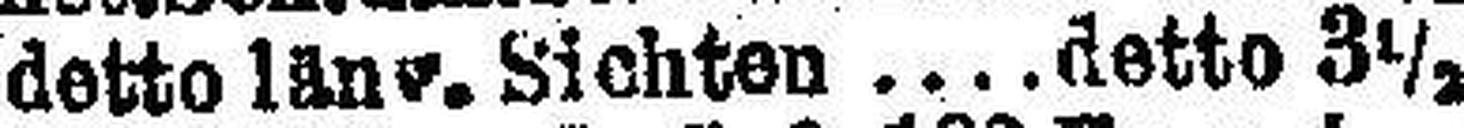
detto läng. Sichten detto 3½